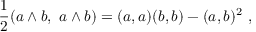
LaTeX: { \frac { 1 } { 2 } } ( a \wedge b , \ a \wedge b ) = ( a , a ) ( b , b ) - ( a , b ) ^ { 2 } \ ,